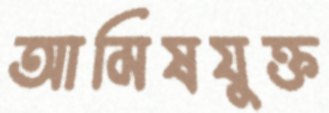
আমিষযুক্ত